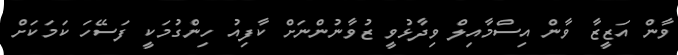
ވާން އަޒީޒާ ވާން އިސްމާއިލް ވިދާޅުވީ ޒުވާނުންނަށް ކާފިއު ހިންގުމަކީ ފަސޭހަ ކަމަކަށް